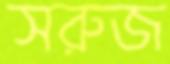
সরুজ